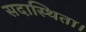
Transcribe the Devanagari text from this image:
सदास्थिता।